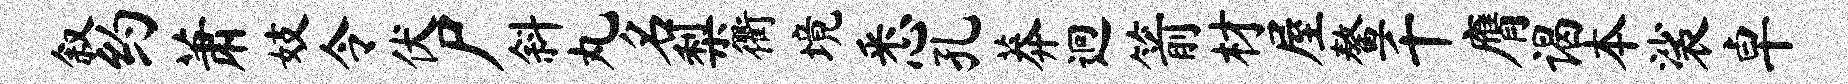
叙约萧妓令伏尸斜丸名梨衢境悉孔莽迥箭材屋鳌千膺谒本裟卓